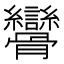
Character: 𩪾